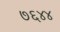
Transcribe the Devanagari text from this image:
७६४४